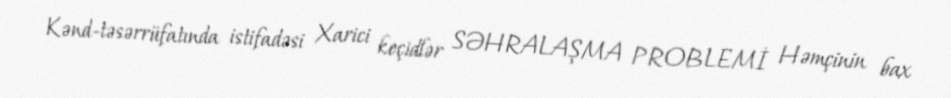
Kənd-təsərrüfatında istifadəsi Xarici keçidlər SƏHRALAŞMA PROBLEMİ Həmçinin bax